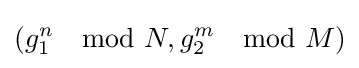
(g_{1}^{n}\mod N,g_{2}^{m}\mod M)